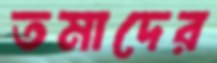
তমাদের